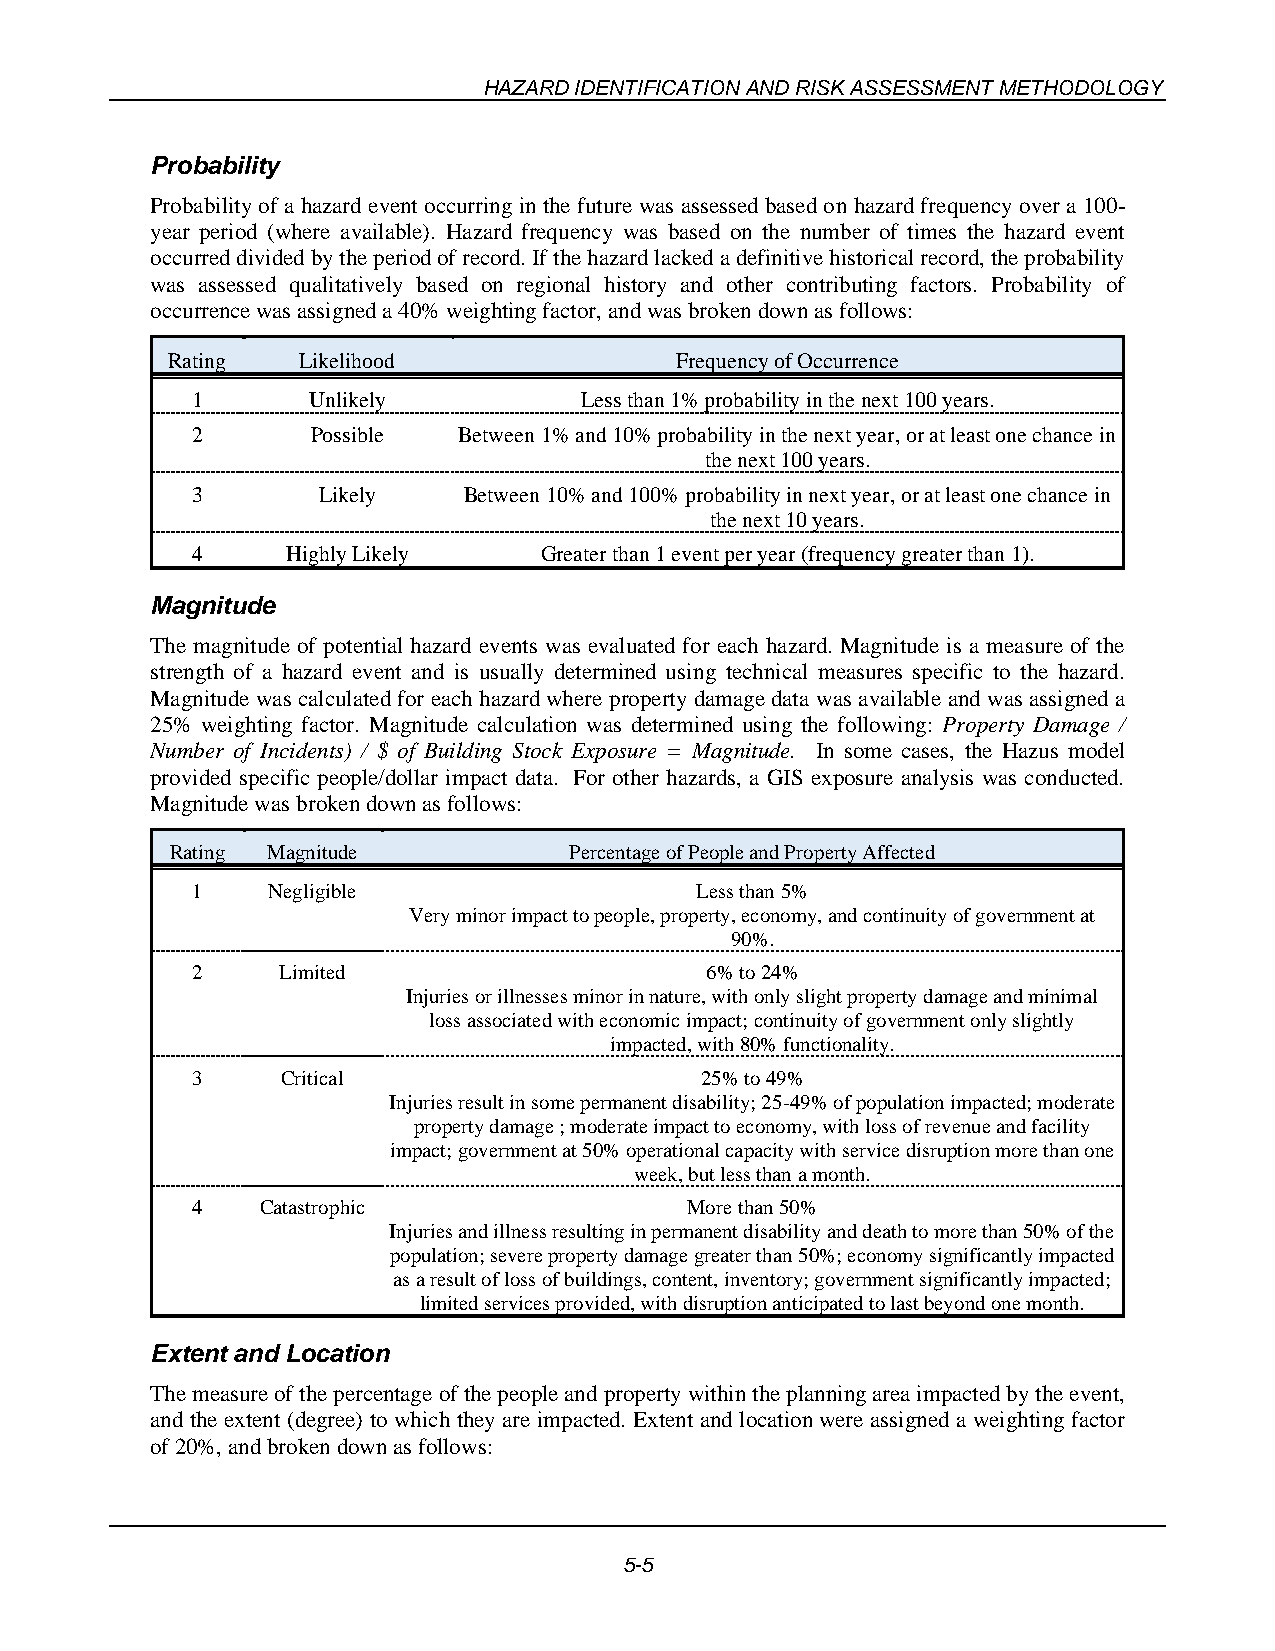
HAZARD IDENTIFICATION AND RISK ASSESSMENT METHODOLOGY
 Probability
 Probability of a hazard event occurring in the future was assessed based on hazard frequency over a 100-
 year period (where available). Hazard frequency was based on the number of times the hazard event
 occurred divided by the period of record. If the hazard lacked a definitive historical record, the probability
 was assessed qualitatively based on regional history and other contributing factors. Probability of
 occurrence was assigned a 40% weighting factor, and was broken down as follows:
 Rating   Likelihood               Frequency of Occurrence
 1      Unlikely          Less than 1% probability in the next 100 years.
 2       Possible Between 1% and 10% probability in the next year, or at least one chance in
 the next 100 years.
 3       Likely    Between 10% and 100% probability in next year, or at least one chance in
 the next 10 years.
 4     Highly Likely    Greater than 1 event per year (frequency greater than 1).
 Magnitude
 The magnitude of potential hazard events was evaluated for each hazard. Magnitude is a measure of the
 strength of a hazard event and is usually determined using technical measures specific to the hazard.
 Magnitude was calculated for each hazard where property damage data was available and was assigned a
 25% weighting factor. Magnitude calculation was determined using the following: Property Damage /
 Number of Incidents) / $ of Building Stock Exposure = Magnitude. In some cases, the Hazus model
 provided specific people/dollar impact data. For other hazards, a GIS exposure analysis was conducted.
 Magnitude was broken down as follows:
 Rating Magnitude           Percentage of People and Property Affected
 1    Negligible                  Less than 5%
 Very minor impact to people, property, economy, and continuity of government at
 90%.
 2    Limited                      6% to 24%
 Injuries or illnesses minor in nature, with only slight property damage and minimal
 loss associated with economic impact; continuity of government only slightly
 impacted, with 80% functionality.
 3     Critical                   25% to 49%
 Injuries result in some permanent disability; 25-49% of population impacted; moderate
 property damage ; moderate impact to economy, with loss of revenue and facility
 impact; government at 50% operational capacity with service disruption more than one
 week, but less than a month.
 4   Catastrophic                 More than 50%
 Injuries and illness resulting in permanent disability and death to more than 50% of the
 population; severe property damage greater than 50%; economy significantly impacted
 as a result of loss of buildings, content, inventory; government significantly impacted;
 limited services provided, with disruption anticipated to last beyond one month.
 Extent and Location
 The measure of the percentage of the people and property within the planning area impacted by the event,
 and the extent (degree) to which they are impacted. Extent and location were assigned a weighting factor
 of 20%, and broken down as follows:
 5-5